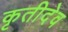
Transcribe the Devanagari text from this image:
कृतीदेव